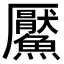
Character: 𩼴